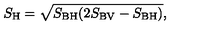
S _ { \mathrm { H } } = \sqrt { S _ { \mathrm { B H } } ( 2 S _ { \mathrm { B V } } - S _ { \mathrm { B H } } ) } ,